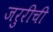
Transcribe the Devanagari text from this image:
जरुरीची